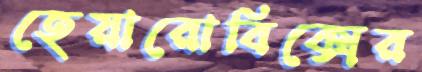
হেয়ারোবিক্সের